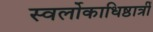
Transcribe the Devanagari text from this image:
स्वर्लोकाधिष्ठात्रीं